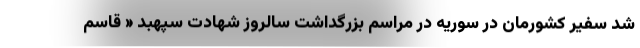
شد سفیر کشورمان در سوریه در مراسم بزرگداشت سالروز شهادت سپهبد « قاسم